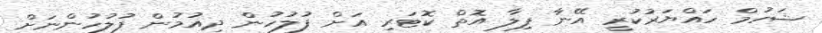
ޝަހުމް ހައްޔަރުކުރީ އޭނާ ފިލާ އޮތް ކޮޓަރި އަށް ފުލުހުން ދިއުމުން ފުލުހުންނަށް